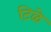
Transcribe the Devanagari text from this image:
टिळे